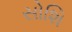
સોશિ